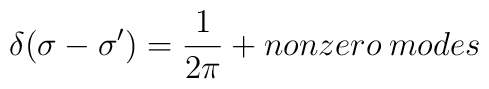
\delta(\sigma-\sigma^\prime)= \frac{1}{2\pi} + nonzero  \: modes